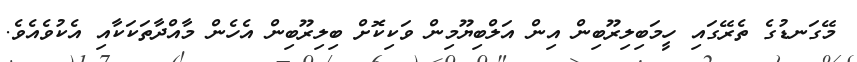
މޭގަނޑުގެ ތެރޭގައި ހީމަބިލިރޫބިން އިން އަލްބިޔޫމިން ވަކިކޮށް ބިލިރޫބިން އެހެން މާއްދާތަކަކާއި އެކުވެއެވެ.